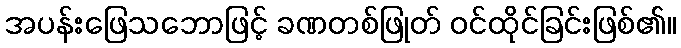
အပန်းဖြေသဘောဖြင့် ခဏတစ်ဖြုတ် ဝင်ထိုင်ခြင်းဖြစ်၏။